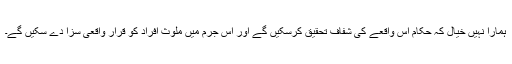
ہمارا نہیں خیال کہ حکام اس واقعے کی شفاف تحقیق کرسکیں گے اور اس جرم میں ملوث افراد کو قرار واقعی سزا دے سکیں گے۔